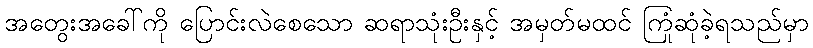
အတွေးအခေါ်ကို ပြောင်းလဲစေသော ဆရာသုံးဦးနှင့် အမှတ်မထင် ကြုံဆုံခဲ့ရသည်မှာ